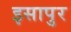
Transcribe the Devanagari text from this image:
इसापुर